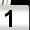
Digit: 1